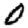
Digit: 0